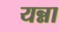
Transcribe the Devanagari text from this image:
यन्ना